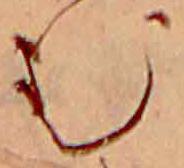
む